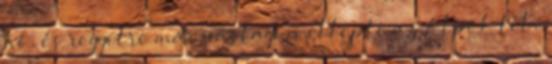
hó, és reggelre már vastagon ellepte az Alpok téli